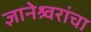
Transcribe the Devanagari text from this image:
ज्ञानेश्र्वरांचा